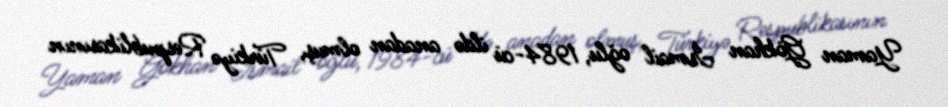
Yaman Gökhan İsmail oğlu, 1984-cü ildə anadan olmuş, Türkiyə Respublikasının